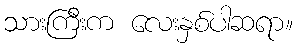
သားကြီးက လေးနှစ်ပါဆရာ။